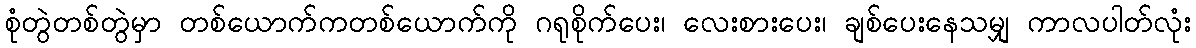
စုံတွဲတစ်တွဲမှာ တစ်ယောက်ကတစ်ယောက်ကို ဂရုစိုက်ပေး၊ လေးစားပေး၊ ချစ်ပေးနေသမျှ ကာလပါတ်လုံး